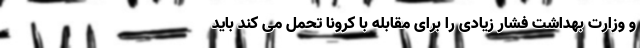
و وزارت بهداشت فشار زیادی را برای مقابله با کرونا تحمل می کند باید